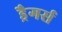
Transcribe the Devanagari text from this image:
ड्रैगर्स